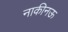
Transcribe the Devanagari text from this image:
नाकीनऊ